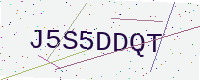
Text: J5S5DDQT